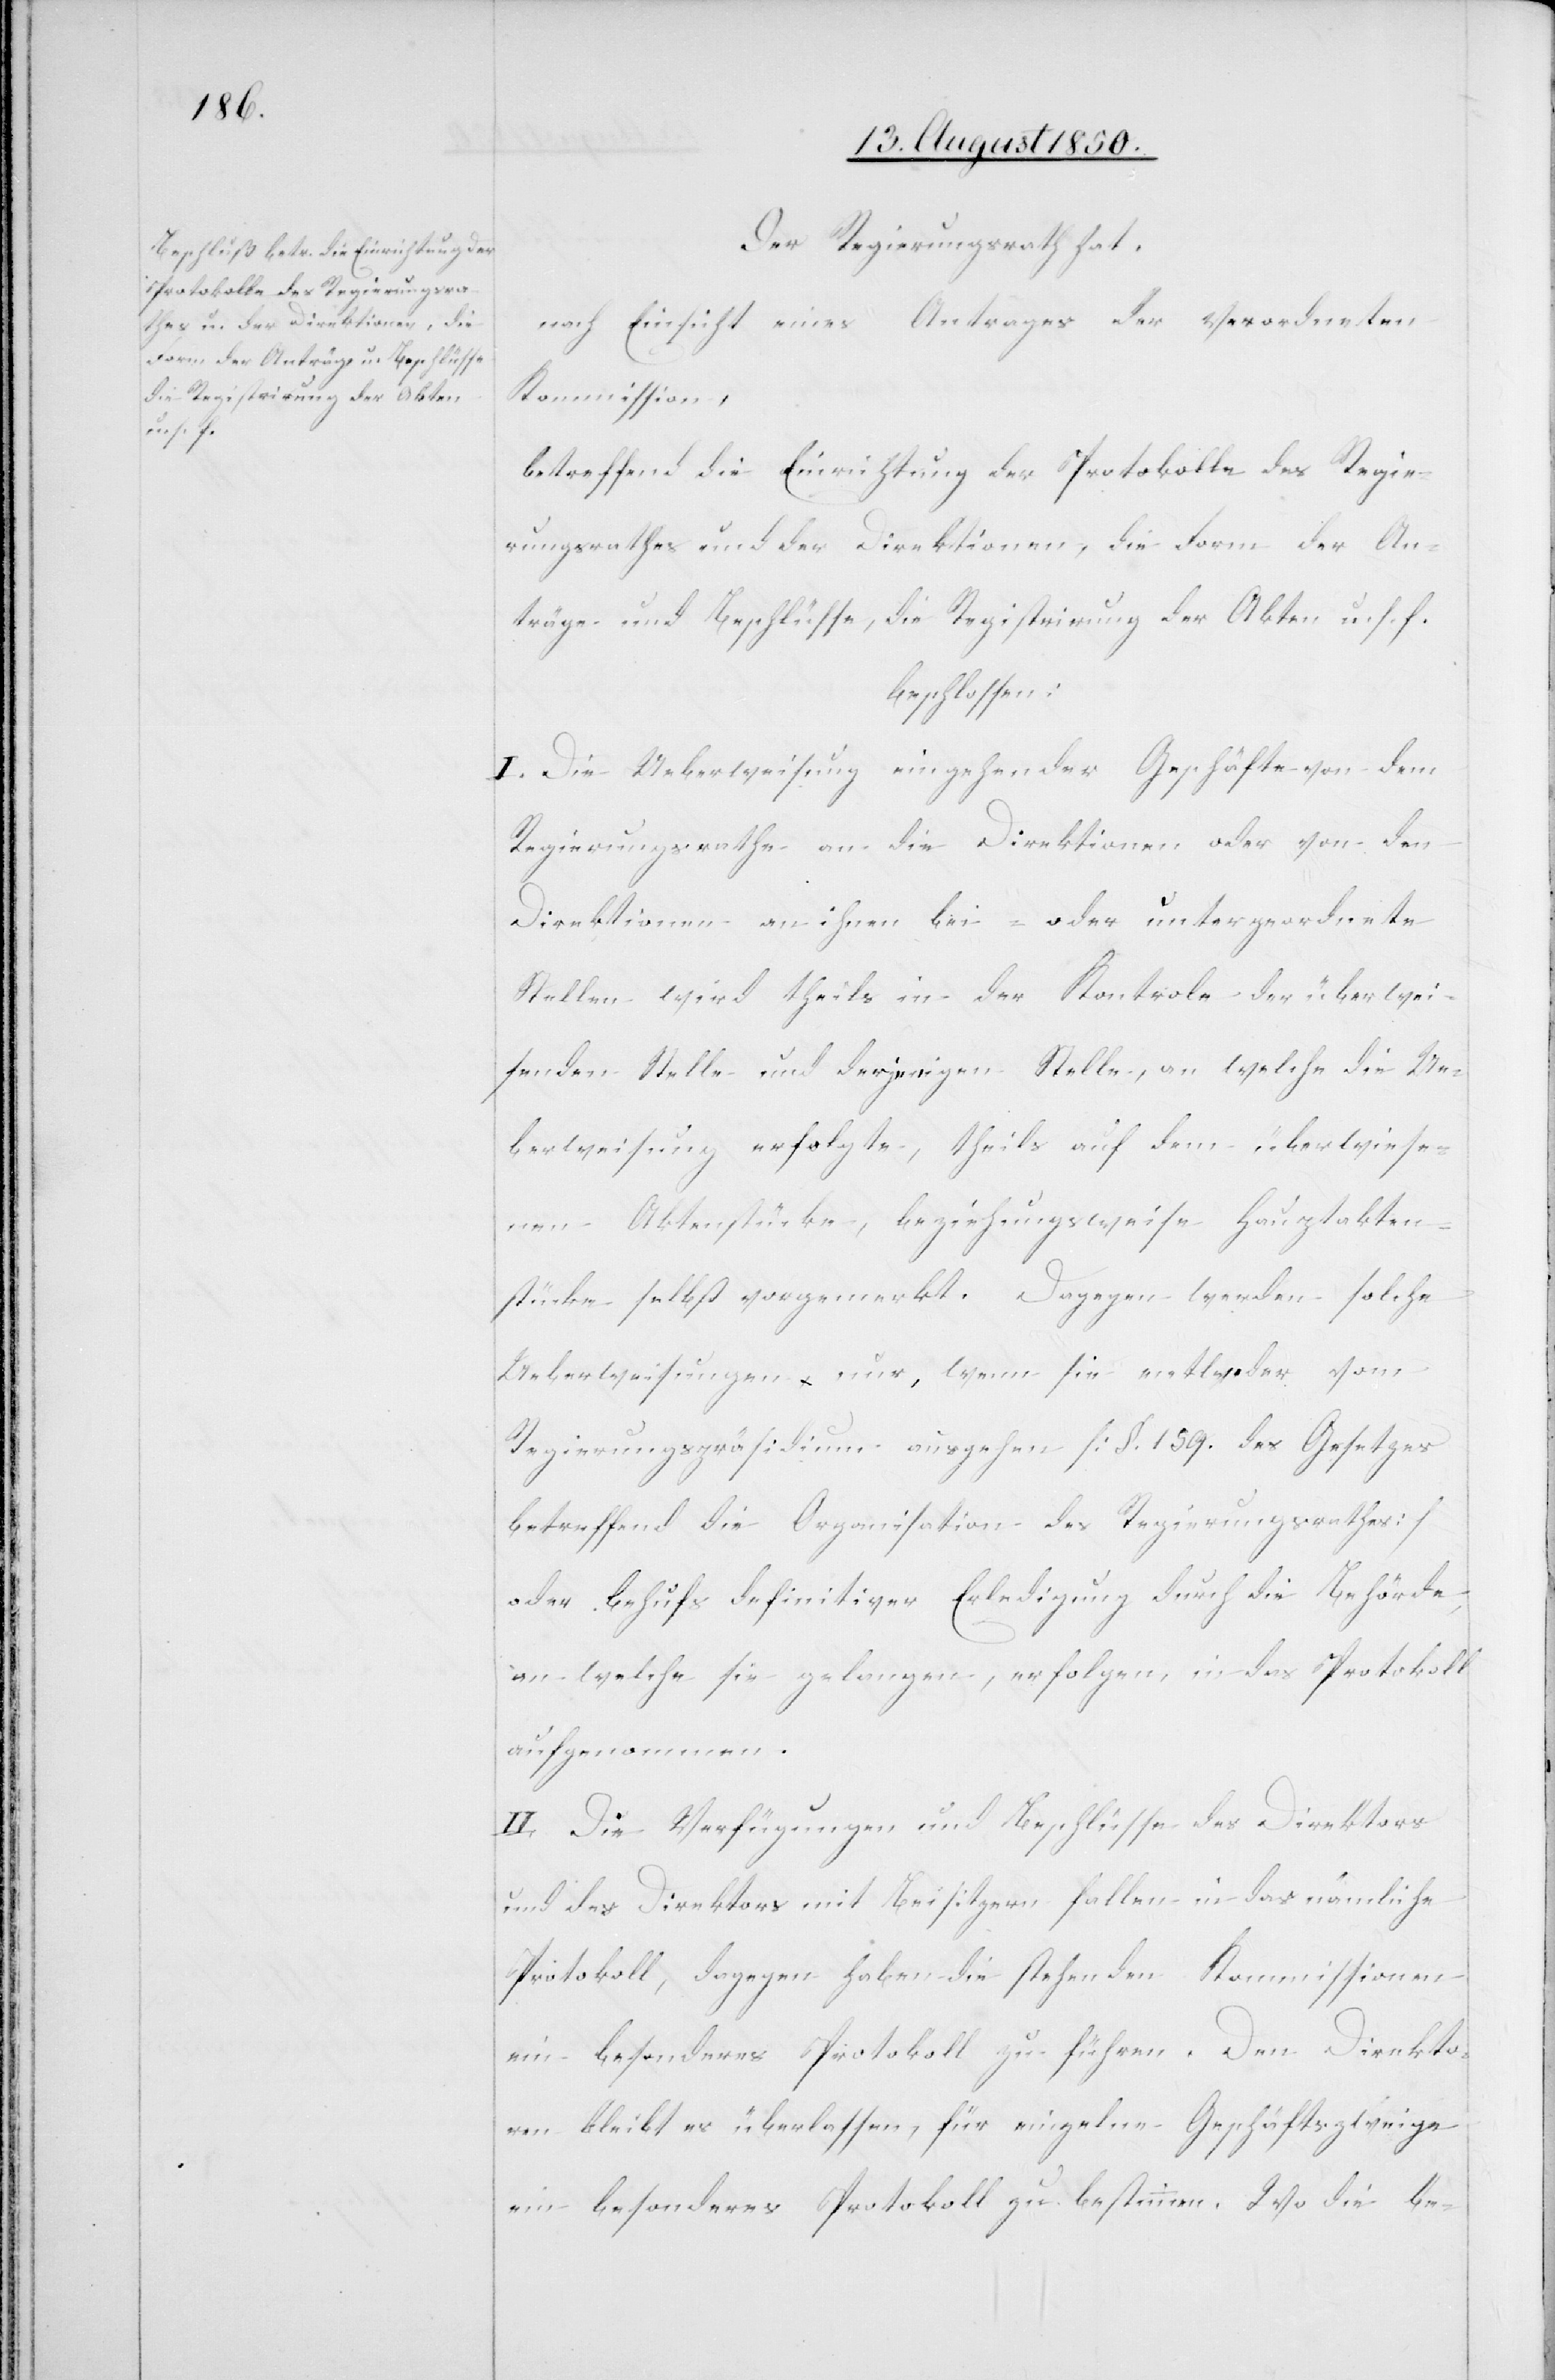
Der Regierungsrath hat,
nach Einsicht eines Antrages der verordneten
Kommission,
betreffend die Einrichtung der Protokolle des Regie¬
rungsrathes und der Direktionen, die Form der An¬
träge und Beschlüsse, die Registrirung der Akten u. s. f.
beschlossen:
I. Die Ueberweisung eingehender Geschäfte von dem
Regierungsrathe an die Direktionen oder von den
Direktionen an ihnen bei- oder untergeordnete
Stellen wird theils in der Kontrole der überwei¬
senden Stelle und derjenigen Stelle, an welche die Ue¬
berweisung erfolgte, theils auf dem überwiese¬
nen Aktenstücke, beziehungsweise Hauptakten¬
stücke selbst vorgemerkt. Dagegen werden solche
Ueberweisungen nur, wenn sie entweder vom
Regierungspräsidium ausgehen [§. 159. des Gesetzes
betreffend die Organisation des Regierungsrathes]
oder behufs definitiver Erledigung durch die Behörde,
an welche sie gelangen, erfolgen in das Protokoll
aufgenommen.
II. Die Verfügungen und Beschlüsse des Direktors
und des Direktors mit Beisitzern fallen in das nämliche
Protokoll, dagegen haben die stehenden Kommissionen
ein besonderes Protokoll zu führen. Den Direkto¬
ren bleibt es überlassen, für einzelne Geschäftszweige
ein besonderes Protokoll zu bestimmen. Wo die be-